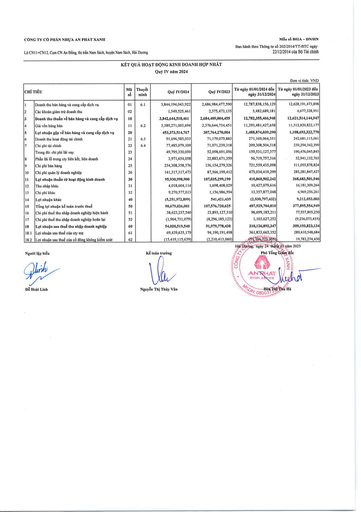
|CHỈ|TIÊU|Mã số|Thuyết minh|Quý IV/2024|Quý IV/2023|Từ ngày 01/01/2024 đến ngày 31/12/2024|Từ ngày 01/01/2023 đến ngày 31/12/2023| |---|---|---|---|---|---|---|---| |1|Doanh thu bán hàng và cung cấp dịch vụ|01|6.1|3,844,194,043,922|2,686,984,477,590|12,787,838,156,129|12,628,191,473,898| |2|Các khoản giảm trừ doanh thu|02||1,549,525,461|2,575,473,135|5,482,689,181|6,677,328,951| |3|Doanh thu thuần về bán hàng và cung cấp dịch vụ|10||3,842,644,518,461|2,684,409,004,455|12,782,355,466,948|12,621,514,144,947| |4|Giá vốn hàng bán|11|6.2|3,389,271,003,694|2,376,644,734,451|11,293,481,427,658|11,512,820,822,177| |5|Lợi nhuận gộp về bán hàng và cung cấp dịch vụ|20||453,373,514,767|307,764,270,004|1,488,874,039,290|1,108,693,322,770| |6|Doanh thu hoạt động tài chính|21|6.3|91,696,585,033|71,179,075,883|271,169,064,351|242,681,115,061| |7|Chi phí tài chính|22|6.4|77,485,079,109|71,071,239,318|209,308,504,318|239,294,342,399| ||Trong đó: chi phí lãi vay|23||49,795,330,050|52,098,691,056|159,531,127,377|190,476,045,845| |8|Phần lãi trong công ty liên kết, liên doanh|24||3,971,654,058|22,883,671,359|56,719,757,316|52,941,132,765| |9|Chi phí bán hàng|25||234,308,358,376|136,154,279,326|721,559,435,098|511,055,878,824| |10|Chi phí quản lý doanh nghiệp|26||141,317,317,473|87,566,199,412|475,034,419,299|285,281,847,427| |11|Lợi nhuận thuần từ hoạt động kinh doanh|30||95,930,998,900|107,035,299,190|410,860,502,242|368,683,501,946| |12|Thu nhập khác|31||4,018,604,114|1,698,408,029|10,427,079,616|16,181,309,264| |13|Chi phí khác|32||9,270,577,013|1,156,986,594|13,357,877,048|6,969,256,261| |14|Lợi nhuận khác|40||(5,251,972,899)|541,421,435|(2,930,797,432)|9,212,053,003| |15|Tổng lợi nhuận kế toán trước thuế|50||90,679,026,001|107,576,720,625|407,929,704,810|377,895,554,949| |16|Chi phí thuế thu nhập doanh nghiệp hiện hành|51||38,623,237,540|23,893,127,310|96,699,185,211|77,937,805,250| |17|Chi phí thuế thu nhập doanh nghiệp hoãn lại|52||(1,964,731,079)|(8,296,185,123)|1,103,627,252|(9,236,073,435)| |18|Lợi nhuận sau thuế thu nhập doanh nghiệp|60||54,020,519,540|91,979,778,438|310,126,892,347|309,193,823,134| |18.1|Lợi nhuận sau thuế của công ty mẹ|61||69,439,635,179|94,190,191,498|361,833,665,352|289,410,548,684| |18.2|Lợi nhuận sau thuế của cổ đông không kiểm soát|62||(15,419,115,639)|(2,210,413,060)|(51,706,773,005)|19,783,274,450|